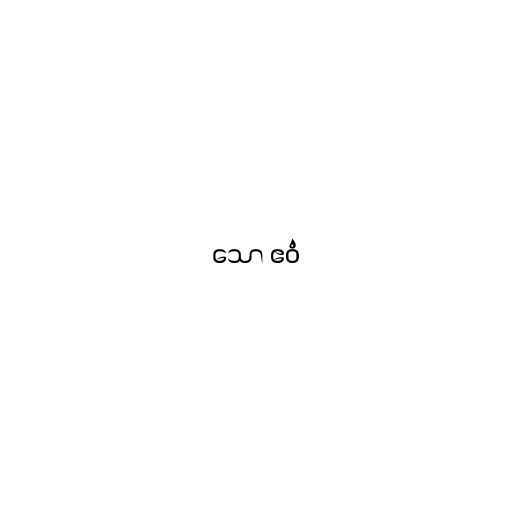
သော ဧဝံ